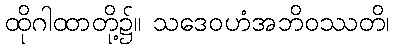
ထိုဂါထာတို့၌။ သဒေဝဟံအဘိဝဿတိ၊